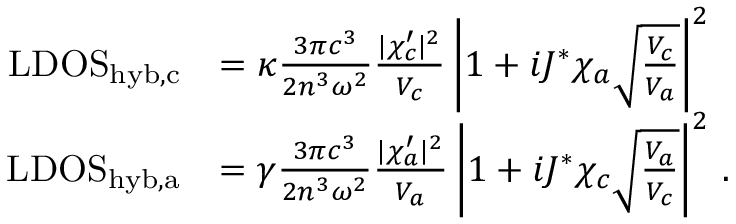
\begin{array} { r l } { \mathrm { L D O S } _ { \mathrm { h y b , c } } } & { = \kappa \frac { 3 \pi c ^ { 3 } } { 2 n ^ { 3 } \omega ^ { 2 } } \frac { | \chi _ { c } ^ { \prime } | ^ { 2 } } { V _ { c } } \left| 1 + i J ^ { * } \chi _ { a } \sqrt { \frac { V _ { c } } { V _ { a } } } \right| ^ { 2 } } \\ { \mathrm { L D O S } _ { \mathrm { h y b , a } } } & { = \gamma \frac { 3 \pi c ^ { 3 } } { 2 n ^ { 3 } \omega ^ { 2 } } \frac { | \chi _ { a } ^ { \prime } | ^ { 2 } } { V _ { a } } \left| 1 + i J ^ { * } \chi _ { c } \sqrt { \frac { V _ { a } } { V _ { c } } } \right| ^ { 2 } \, . } \end{array}